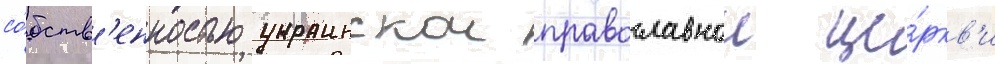
со́бств'енностью украинскои православнои це́ркв'и